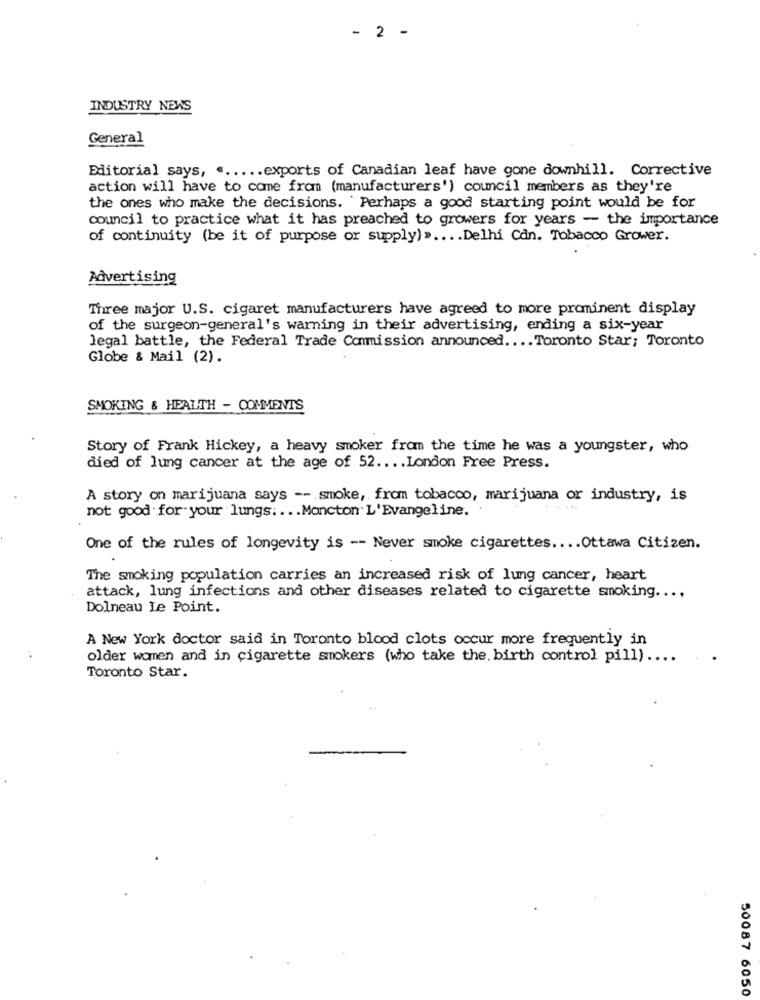
- 2 -
INDUSTRY NEWS
General
Editorial says, « ..... exports of Canadian leaf have gone downhill. Corrective
action will have to come from (manufacturers') council members as they're
the ones who make the decisions. Perhaps a good starting point would be for
council to practice what it has preached to growers for years - the importance
of continuity (be it of purpose or supply) » .... Delhi Cdn. Tobacco Grower.
Advertising
Three major U.S. cigaret manufacturers have agreed to more prominent display
of the surgeon-general's warning in their advertising, ending a six-year
legal battle, the Federal Trade Commission announced .... Toronto Star; Toronto
Globe & Mail (2).
SMOKING & HEALTH - COMMENTS
Story of Frank Hickey, a heavy smoker from the time he was a youngster, who
died of lung cancer at the age of 52 .... London Free Press.
A story on marijuana says -- smoke, from tobacco, marijuana or industry, is
not good for your lungs. ... Moncton L'Evangeline.
One of the rules of longevity is -- Never smoke cigarettes .... Ottawa Citizen.
The smoking population carries an increased risk of lung cancer, heart
attack, lung infections and other diseases related to cigarette smoking ....
Dolneau Le Point.
A New York doctor said in Toronto blood clots occur more frequently in
older women and in cigarette smokers (who take the. birth control pill) ....
Toronto Star.
50087 6050